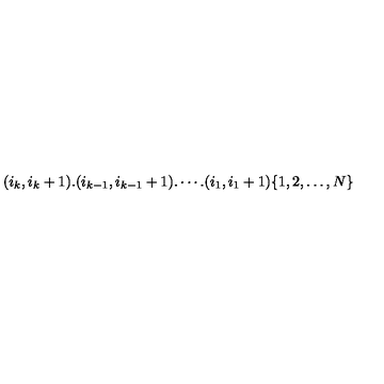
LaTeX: ( i _ { k } , i _ { k } + 1 ) . ( i _ { k - 1 } , i _ { k - 1 } + 1 ) . \cdots . ( i _ { 1 } , i _ { 1 } + 1 ) \{ 1 , 2 , \dots , N \}